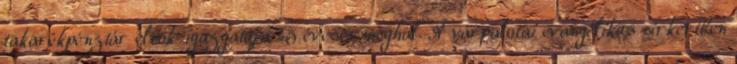
takarékpénztár elnök-igazgatója 45 évesen meghal. A várpalotai evangélikus sírkertben